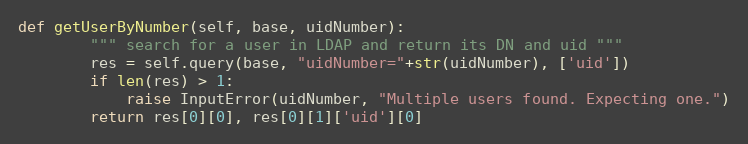
Language: Python
def getUserByNumber(self, base, uidNumber):
		""" search for a user in LDAP and return its DN and uid """
		res = self.query(base, "uidNumber="+str(uidNumber), ['uid'])
		if len(res) > 1:
			raise InputError(uidNumber, "Multiple users found. Expecting one.")
		return res[0][0], res[0][1]['uid'][0]